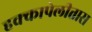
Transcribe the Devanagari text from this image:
हक्कापेलीत्तास